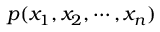
p ( x _ { 1 } , x _ { 2 } , \cdots , x _ { n } )